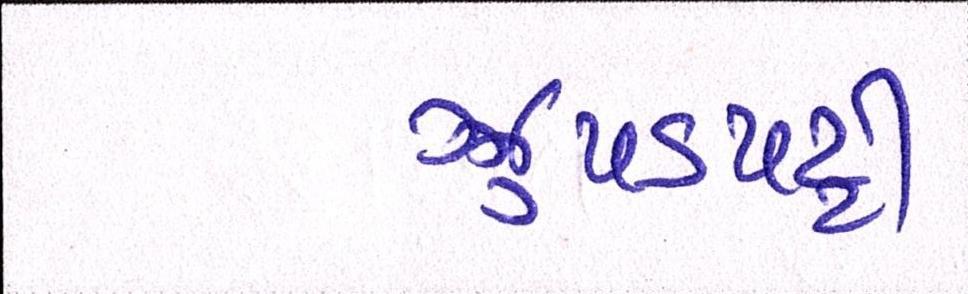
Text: ઝુપડપટ્ટી